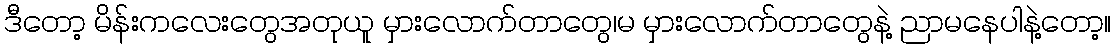
ဒီတော့ မိန်းကလေးတွေအတုယူ မှားလောက်တာတွေ၊မ မှားလောက်တာတွေနဲ့ ညာမနေပါနဲ့တော့။